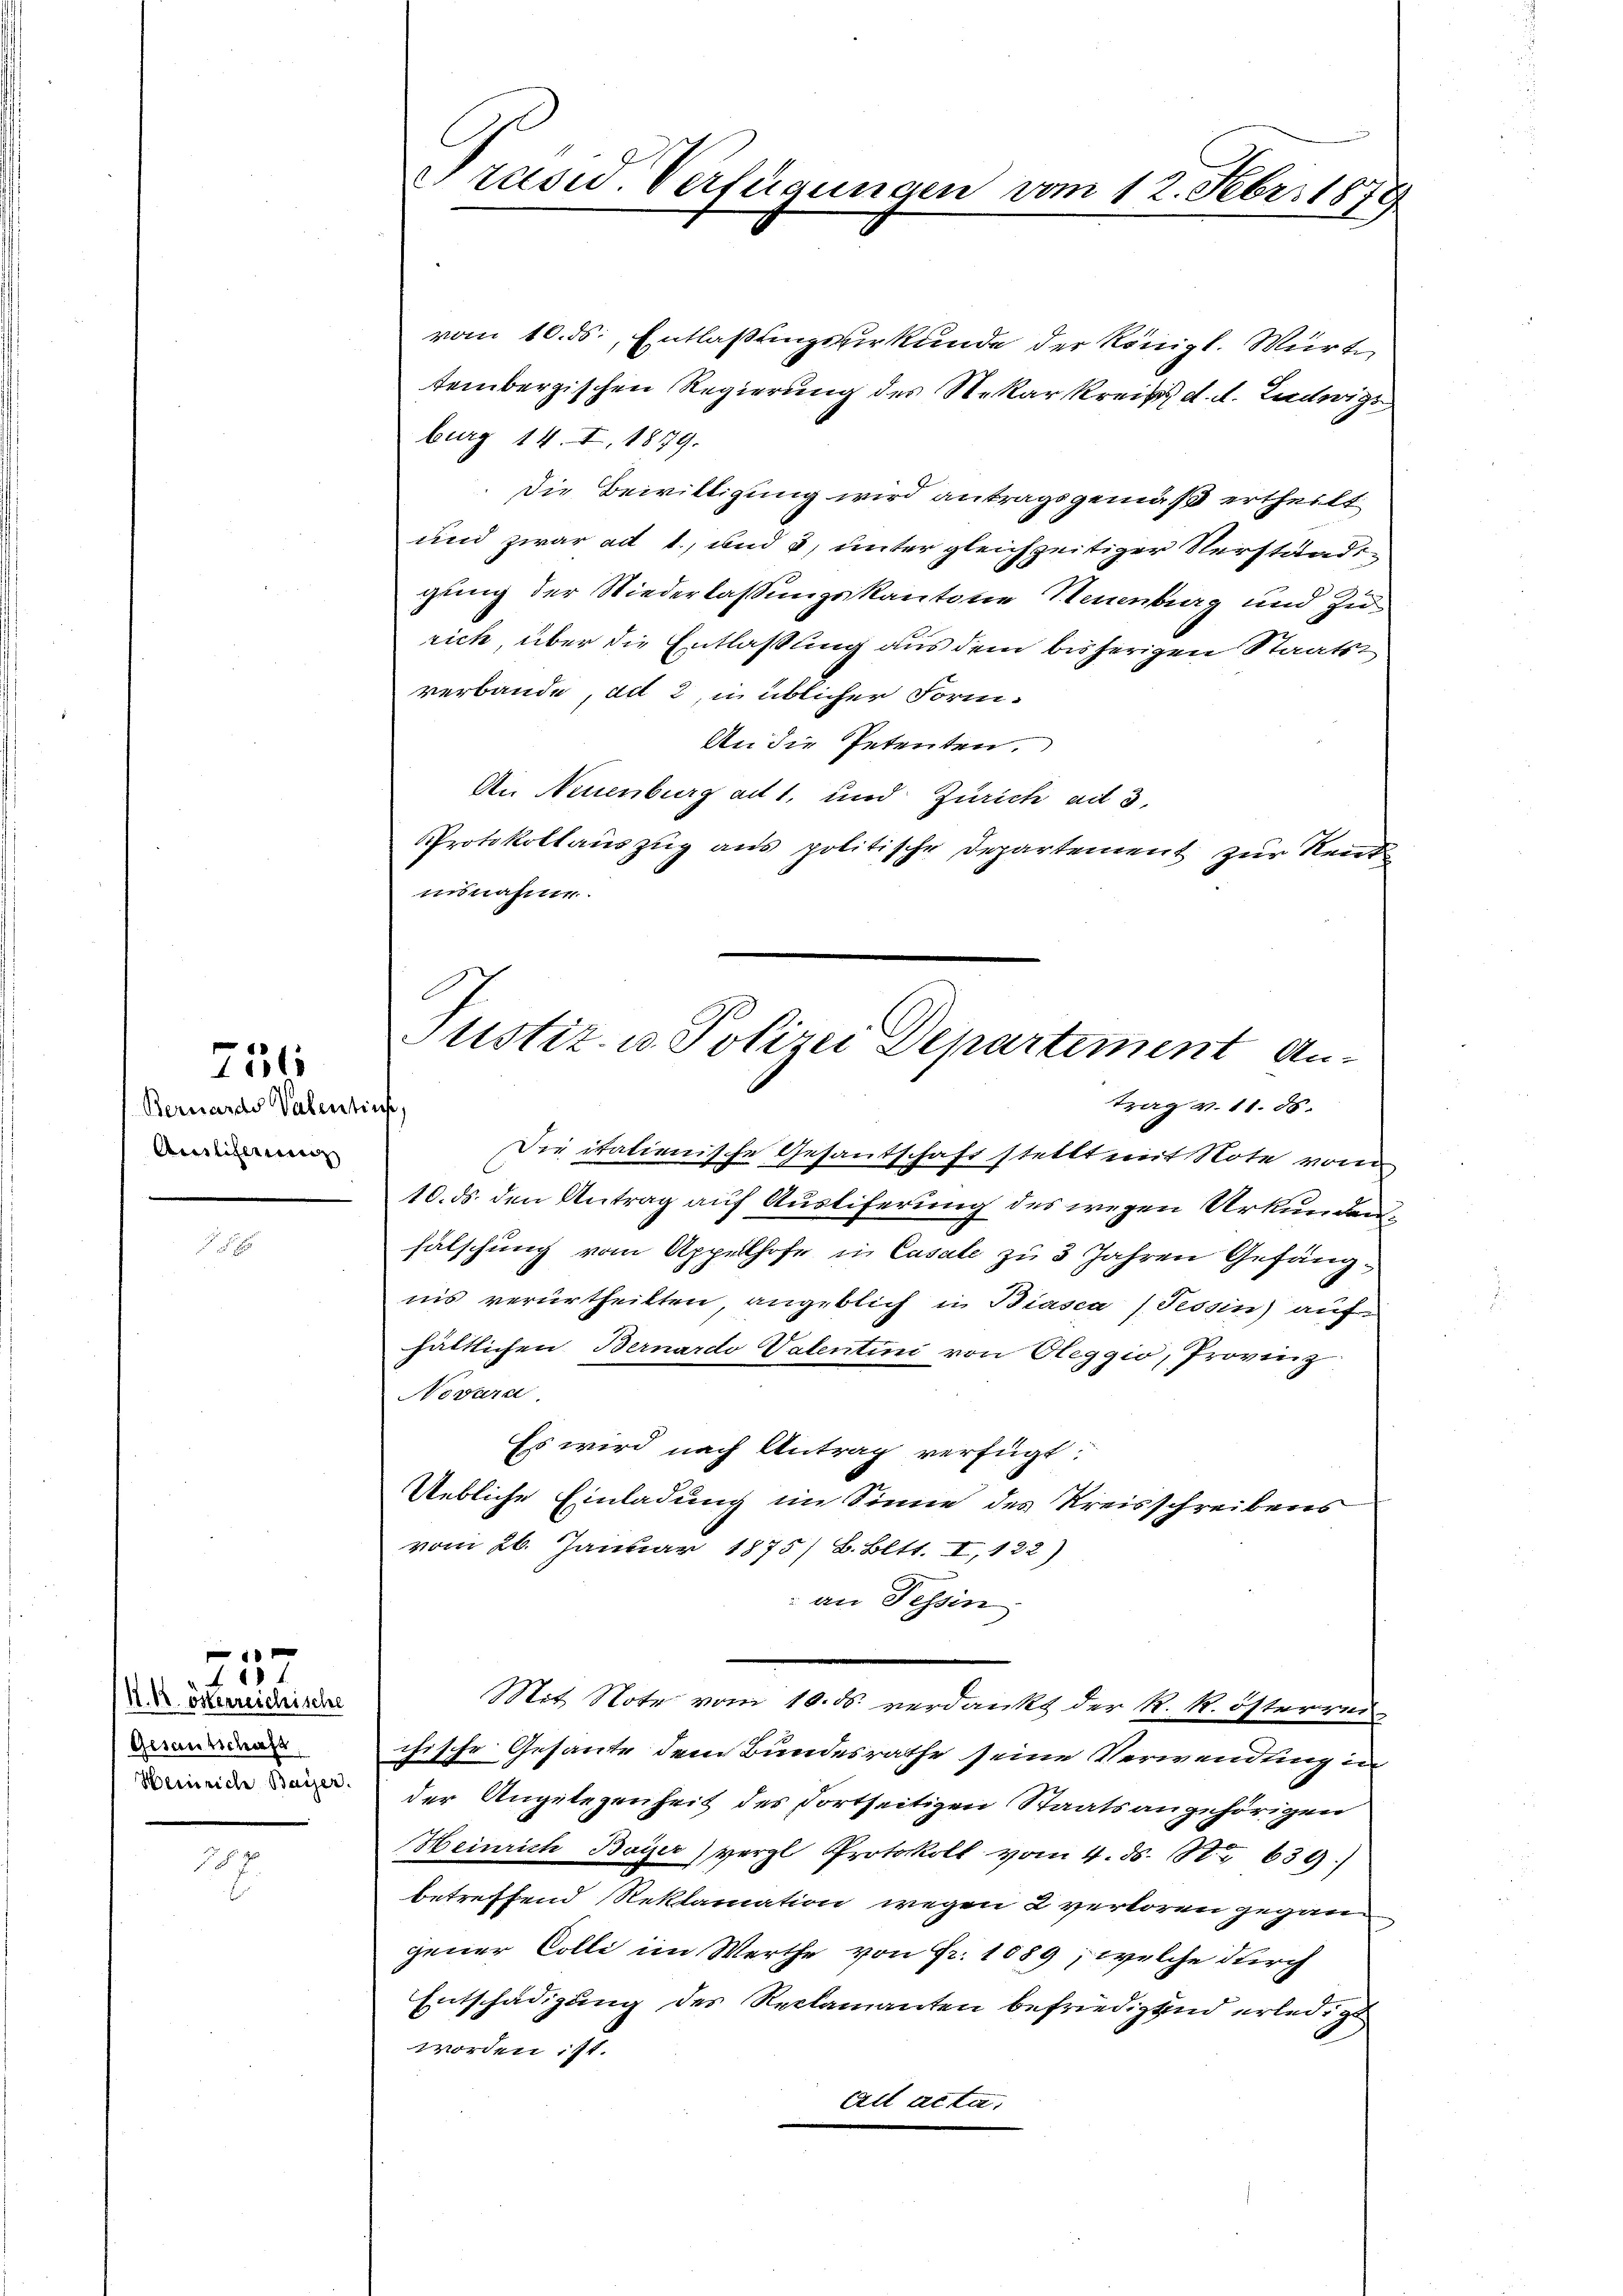
17

751

Bernards Valentius,
Arilitarius

4
K. k. österreichische
Gesantschaft,
Heinrich Bayer.

e

vom 10. ds. Entlaßungsverkunde der Königl. Würte
tembergischen Regierung des Nekarkreis d. d. Ludwigs
burg 14. I. 1879.
Die Bewilligung wird antragsgemäß ertheilt
und zwar ad 1., und 3, unter gleichzeitiger Verständigung der Niederlassungskantone Neuenburg und zu
rich über die Entlaßung aus dem bisherigen Staatsverbande, ad 2, in üblicher Form-
An die Petenten.
An Neuenburg ad 1, und Zürich ad 3.
Protokollauszug aus politische Departement zur Rent
insnahme.
Die italienische Gesantschaft stellt mit Note vom
10. ds. den Antrag auf Ausliferung des wegen Urkundenfälschung vom Appelhofe in Casale zu 3 Jahren Gefängnis verurtheilten angeblich in Biasca (Tessin) auf
hältlichen Bernardo Valentini von Oleggio, Provinz
Novara
Es wird nach Antrag verfügt:
Uebliche Einladung im Sinne des Kreisschreibens
vom 26. Januar 1875/ B. Bett. I, 122)
an Tessin,
Mit Note vom 10. ds. verdankt der R. R. österrei
chische Gesante dem Bundesrathe seine Verwendung in
der Angelegenheit des dortseitigen Staatsangehörigen
Heinrich Bayer vergl. Protokoll vom 4. ds. 182. 639.
betreffend Reklamation wegen 2 verloren gegangener Colli im Werthe von Fr. 1089, welche durch
Entschädigung des Reclamanten befriedig und erledigt
worden ist.
ait acta.

Präsid. Verfügungen vom 12. Febr. 1879

Justiz- u. Polizei Departement An-
trag v. 11. ds.